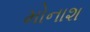
મોનાશ